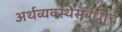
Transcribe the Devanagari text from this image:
अर्थव्यवस्थेसंबंधीचे